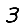
Digit: 3